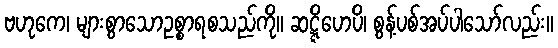
ဗဟုကေ၊ များစွာသောဥစ္စာရစသည်ကို။ ဆဋ္ဋိဟေပိ၊ စွန့်ပစ်အပ်ပါသော်လည်း။